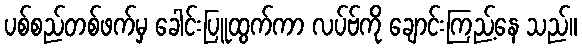
ပစ်စည်တစ်ဖက်မှ ခေါင်းပြူထွက်ကာ လပ်ဗ်ကို ချောင်းကြည့်နေ သည်။